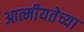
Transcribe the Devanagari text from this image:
आत्मीयतेच्या